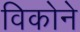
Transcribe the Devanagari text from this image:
विकोने